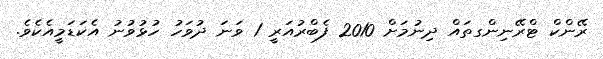
ރޭންކް ޓްރޭނިންގތައް ދިނުމަށް 2010 ފެބްރުއަރީ 1 ވަނަ ދުވަހު ހުޅުވުނު އެކަޑަމީއެކެވެ.